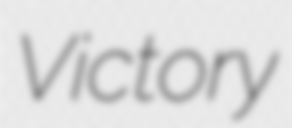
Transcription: Victory